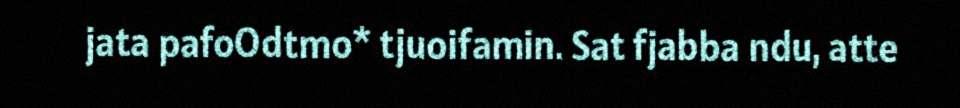
jata pafoOdtmo* tjuoifamin. Sat fjabba ndu, atte